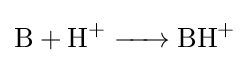
{\ce {B + H+ -> BH+}}